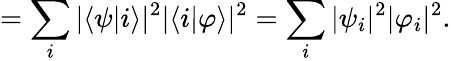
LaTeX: =\sum_{i}|\langle\psi|i\rangle|^{2}|\langle i|\varphi\rangle|^{2}=\sum_{i}|\psi_{i}|^{2}|\varphi_{i}|^{2}.